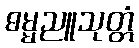
ဓမ္မညူသုတ္တံ